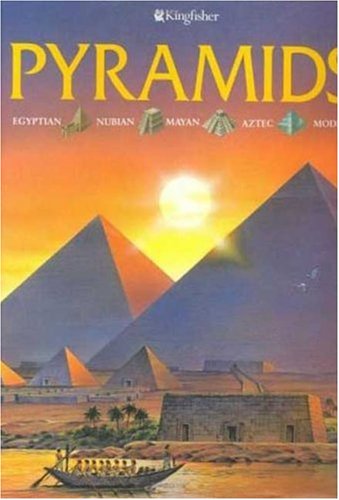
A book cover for Pyramids; Anne Millard; Children's Books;